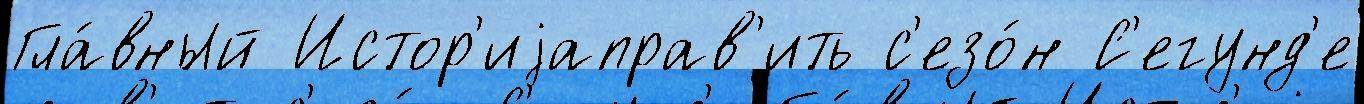
Гла́вный Истор'иjаправ'ить с'езо́н С'егунд'е